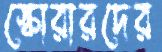
স্কোরারদের